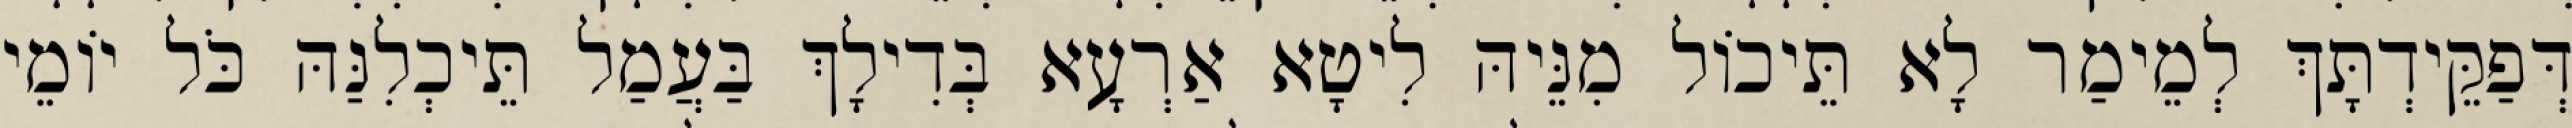
דְּפַקֵּידְתָּךְ לְמֵימַר לָא תֵּיכוֹל מִנֵּיהּ לִיטָא אַרְעָא בְּדִילָךְ בַּעֲמַל תֵּיכְלִנַּהּ כֹּל יוֹמֵי